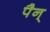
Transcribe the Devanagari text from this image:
पैन्